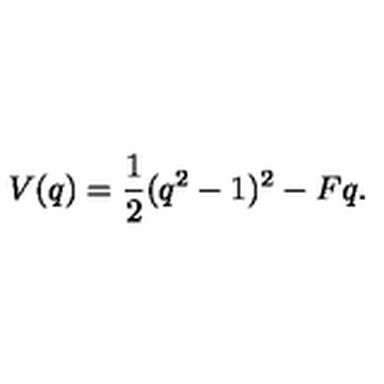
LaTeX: V ( q ) = \frac { 1 } { 2 } ( q ^ { 2 } - 1 ) ^ { 2 } - F q .